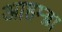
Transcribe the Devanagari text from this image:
आहम्ब्रा